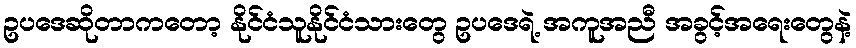
ဥပဒေဆိုတာကတော့ နိုင်ငံသူနိုင်ငံသားတွေ ဥပဒေရဲ့ အကူအညီ အခွင့်အရေးတွေနဲ့